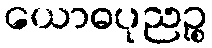
ယောဓပုညဉ္စ